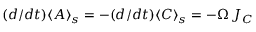
( d / d t ) \langle A \rangle _ { s } = - ( d / d t ) \langle C \rangle _ { s } = - \Omega \, { \cal J _ { C } }